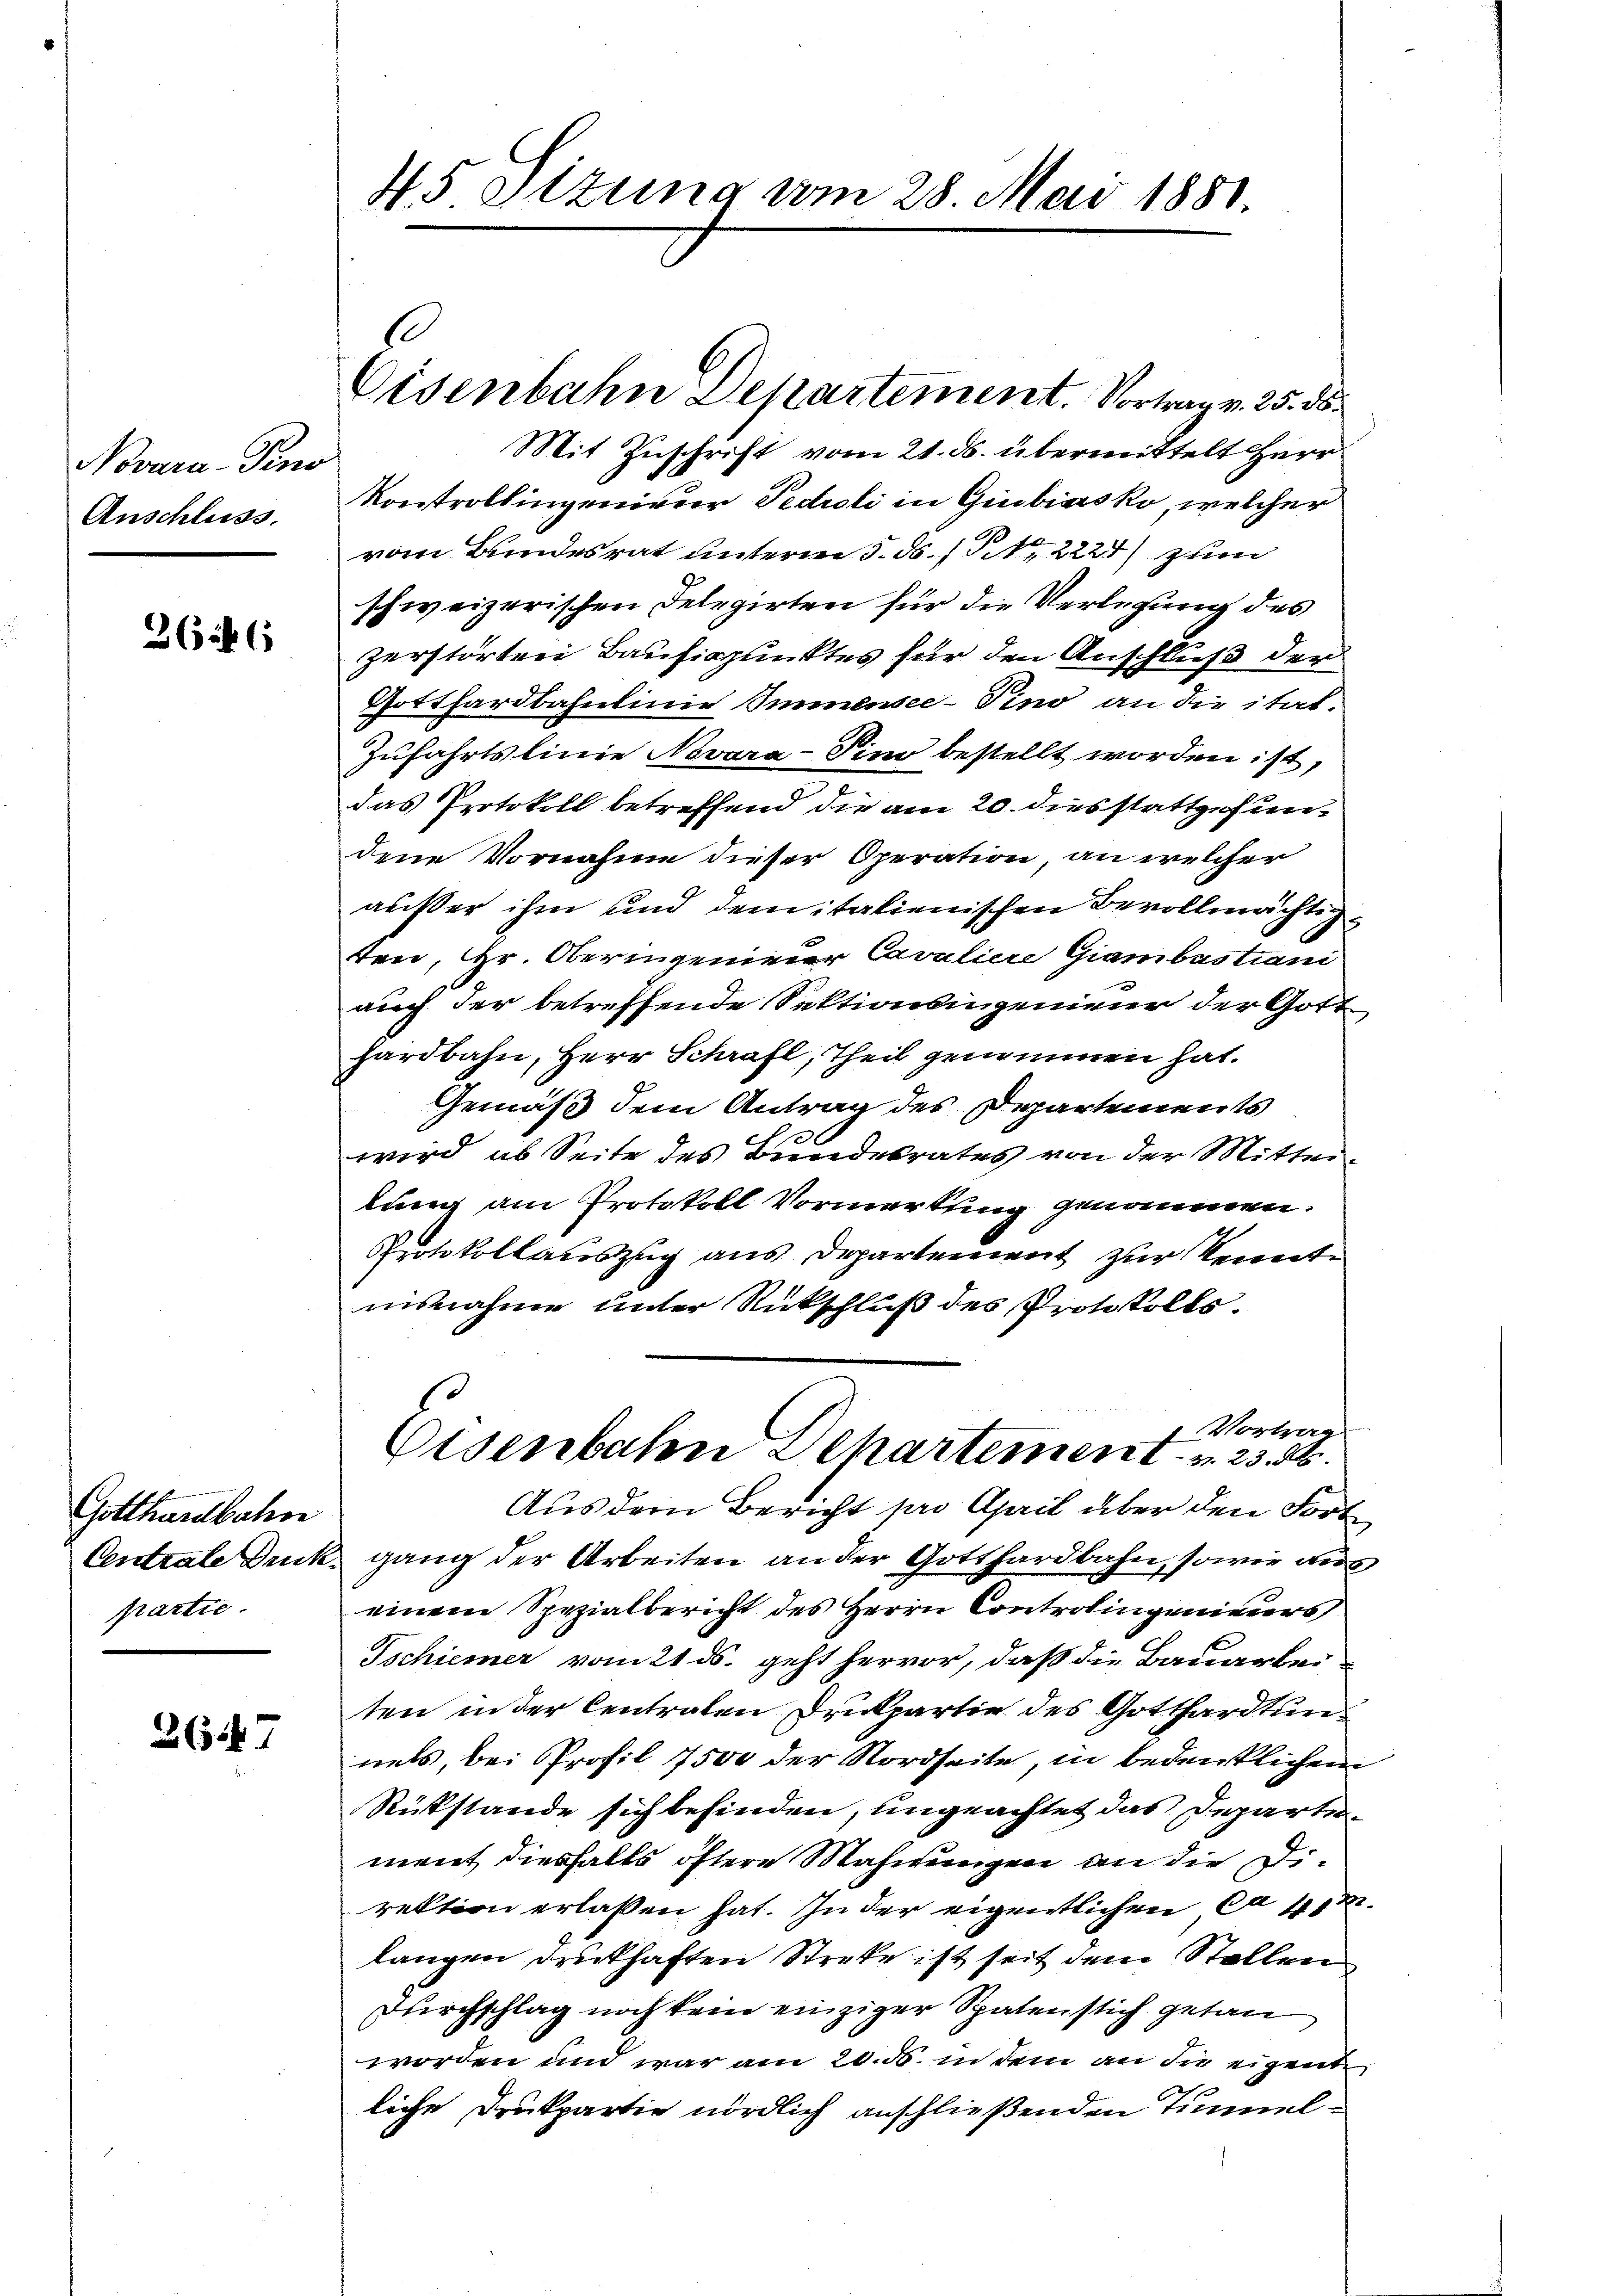
Novara-Pino
Anschluss.

364 (

Gotthardbahn
Centrale Druck.
partie.

267

45 Otzung vom 28. Mai 1881.

1

Eisenbahn Departement. Vortrag v. 25. ds.

Mit Zuschrift vom 21. ds. übermittelt Herr
Kontrollingenierer Pedroli in Giubiasko, welcher
vom Bundesrat unterm 5. ds. 1 S. 2224) zum
schweizerischen Delegirten für die Verlegung des
zerstörten Baufispunktes für den Anschluß der
Gotthardbahnlinie Immensee–Pino an die itat.
Zufahrtslinie Novara-Sino bestellt worden ist,
das Protokoll betreffend die am 20. diesstattgefundene Vornahme dieser Operation, an welcher
außer ihm und dem italienischen Bevollmächtigten, Hr. Oberingenieuer Cavaliere Giambastiani
auch der betreffende Sektionsingenieur der Gott
hardbahn, Herr Schraft, Theil genommen hat.
Gemäß dem Antrag des Departements
e
wird ab Seite des Bundesrates von der Mitteilung am Protokoll Vormerkung genommen.
Protokollauszug aus Departement zur Kennte
misnahme unter Rückschluß des Protokolls.
1. Vortrag
Eisenbaten Departement - u. 23. d.
Aus dem Bericht pro April über den Fort
gang der Arbeiten an der Gotthardbahn, sowie aus
einem Spezialbericht des Herrn Controlingenieurs
Tschiener vom 21. ds. geht hervor, daß die Bauarbei
ten in der Centraten Drukpartie des Gotthardtung
nels, bei Profil 7500 der Nordseite, in bedenklichen
Rükstände sich befinden, ungeachtet das Departe
ment diesfalls öftere Mahnungen an die Direktion erlaßen hat. In der eigentlichen Cas
langen druckhaften Streke ist seit dem Stellen
Durchschlag noch kein einziger Spatentlich getan
worden und war am 20. 55. in dem an die eigente
liche Drukpartie nördlich anschließenden Tunnel¬